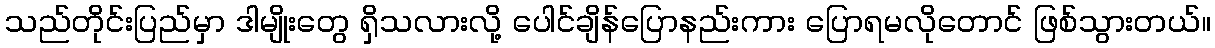
သည်တိုင်းပြည်မှာ ဒါမျိုးတွေ ရှိသလားလို့ ပေါင်ချိန်ပြောနည်းကား ပြောရမလိုတောင် ဖြစ်သွားတယ်။